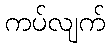
ကပ်လျက်